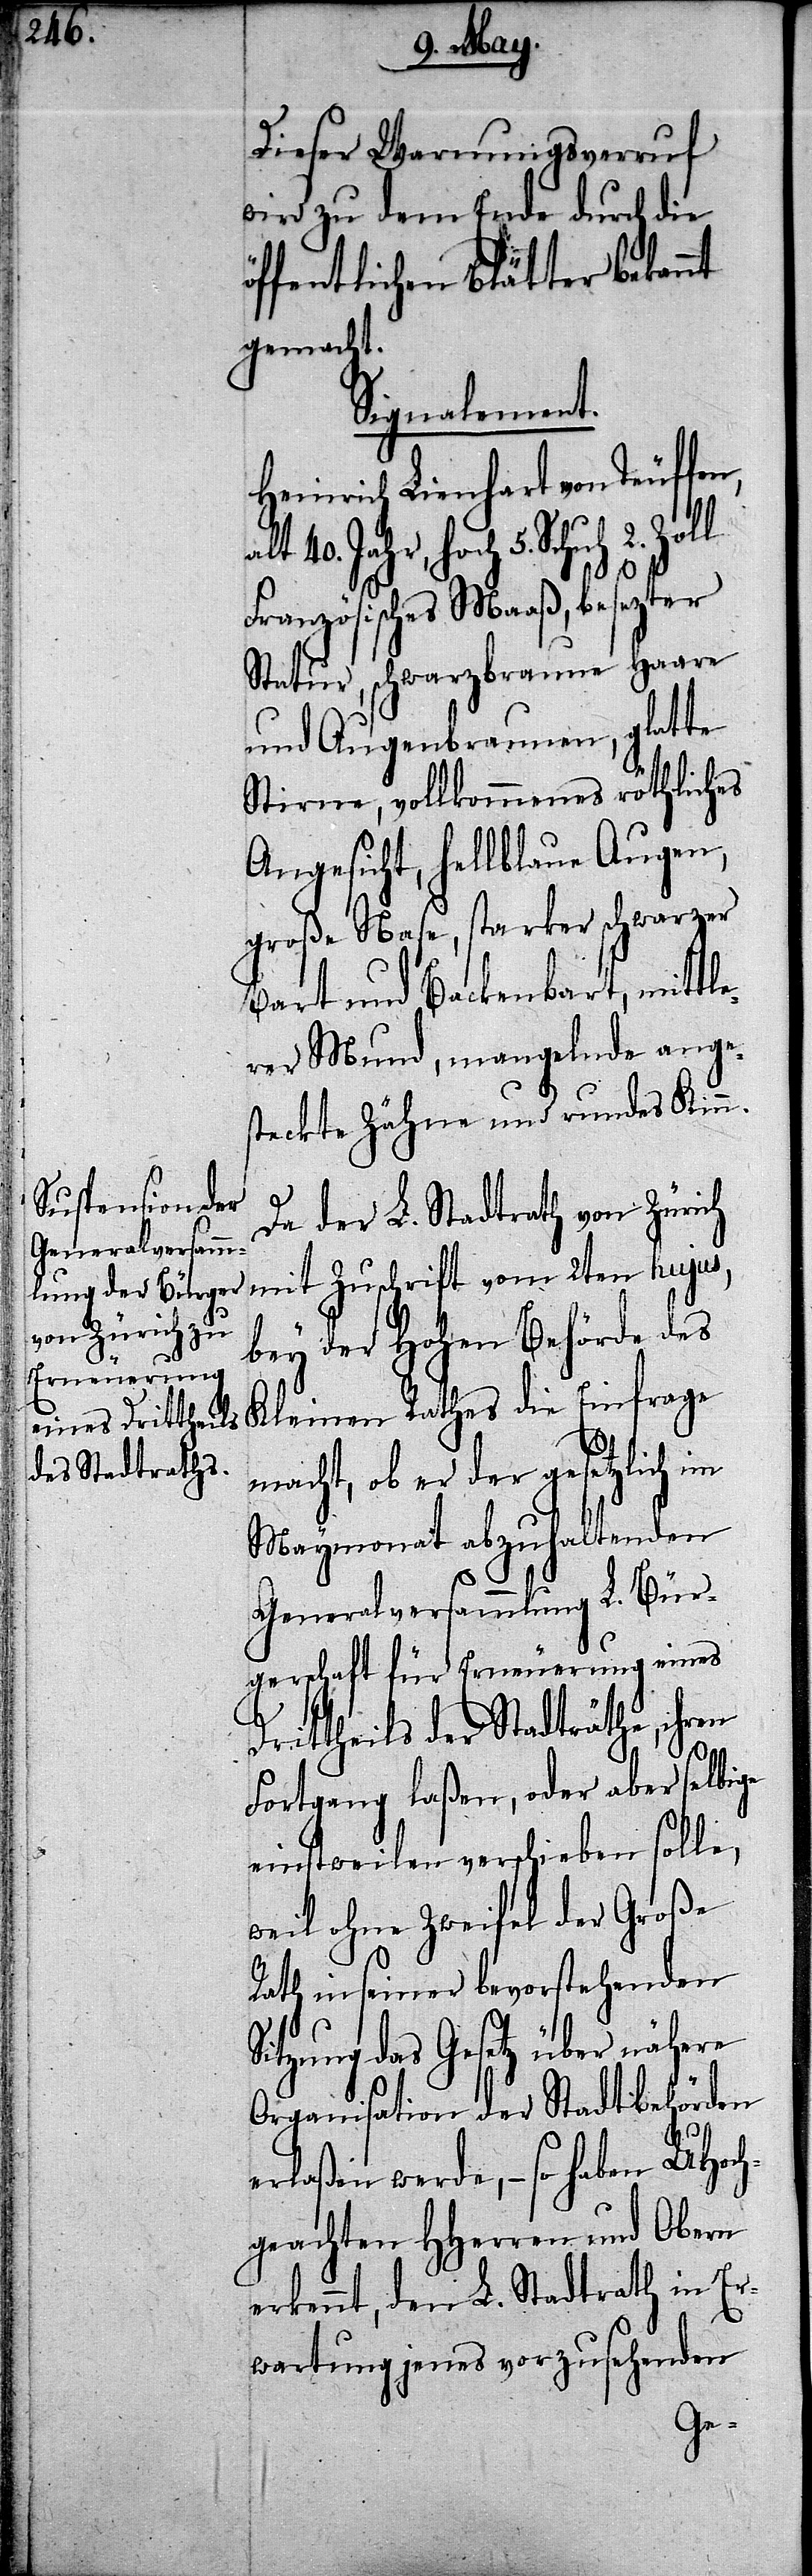
Dieser Warnungsverruf
wird zu dem Ende durch die
öffentlichen Blätter bekannt
gemacht.
Signalement.
Heinrich Lienhart von Teuffen,
40. Jahr, hoch 5. Schuh 2.
Französisches Maaß, besezter
Statur, schwarzbraune Haare
und Augenbraunen, glatte
Stirne, vollkommenes röthliches
Angesicht, hellblaue Augen,
große Nase, starker schwarzer
Bart und Backenbart, mittle¬
rer Mund, mangelnde ange¬
steckte Zähne und rundes Kinn.
Da der L. Stadtrath von Zürich
mit Zuschrift vom 2ten hujus,
bey der Hohen Behörde des
Kleinen Rathes die Einfrage
macht, ob er der gesetzlich im
Maymonat abzuhaltenden
Generalversammlung L. Bür¬
gerschaft für Erneuerung eines
Drittheils der Stadträthe, ihren
Fortgang laßen, oder aber selbige
einstweilen verschieben solle,
weil ohne Zweifel der Große
Rath in seiner bevorstehenden
Sitzung das Gesetz über nähere
Organisation der Stadtbehörden
erlaßen werde, – so haben UHoch¬
geachten HHerren und Obern
erkennt, den L. Stadtrath in Er¬
wartung jenes vorzunehmenden